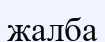
жалба